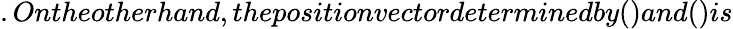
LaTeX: .Ontheotherhand,thepositionvectordeterminedby()and()is